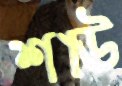
শাউ